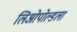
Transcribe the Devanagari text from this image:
लिओपोल्डला